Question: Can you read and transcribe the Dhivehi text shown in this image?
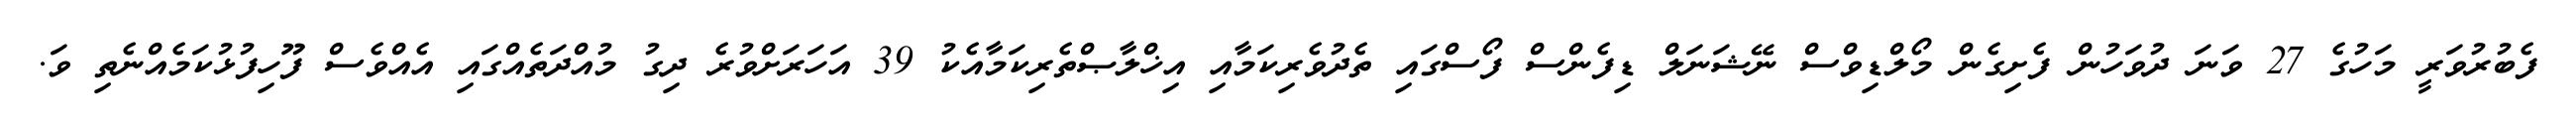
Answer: ފެބުރުވަރީ މަހުގެ 27 ވަނަ ދުވަހުން ފެށިގެން މޯލްޑިވްސް ނޭޝަނަލް ޑިފެންސް ފޯސްގައި ތެދުވެރިކަމާއި އިޚްލާޞްތެރިކަމާއެކު 39 އަހަރަށްވުރެ ދިގު މުއްދަތެއްގައި އެއްވެސް ފޫހިފުޅުކަމެއްނެތި ވަ.